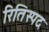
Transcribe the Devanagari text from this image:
रितिस्पद